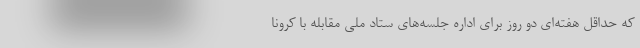
که حداقل هفته‌ای دو روز برای اداره جلسه‌های ستاد ملی مقابله با کرونا